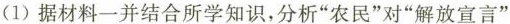
(1)据材料一并结合所学知识，分析”农民”对”解放宣言”